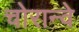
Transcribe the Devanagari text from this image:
चोरान्वे